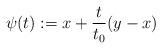
LaTeX: \begin{align*}\psi(t) := x + \frac{t}{t_0} (y-x)\end{align*}